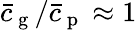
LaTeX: \bar{c}_{\mathrm{~g~}}/\bar{c}_{\mathrm{~p~}}\approx 1